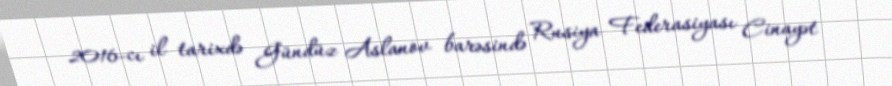
2016-cı il tarixdə Gündüz Aslanov barəsində Rusiya Federasiyası Cinayət